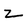
Character: 2